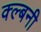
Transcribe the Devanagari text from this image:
क्ल्बनी